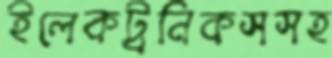
ইলেকট্রনিকসসহ